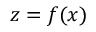
z = f ( x )